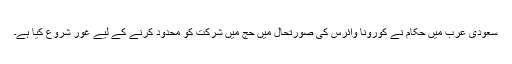
سعودی عرب میں حکام نے کورونا وائرس کی صورتحال میں حج میں شرکت کو محدود کرنے کے لیے غور شروع کیا ہے۔